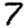
Digit: 7